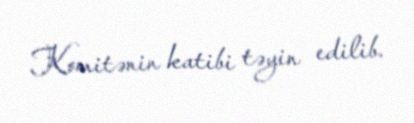
Komitənin katibi təyin edilib.